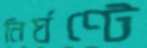
নির্ঘণ্টে